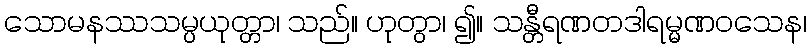
သောမနဿသမ္ပယုတ္တာ၊ သည်။ ဟုတွာ၊ ၍။ သန္တီရဏတဒါရမ္မဏဝသေန၊